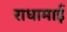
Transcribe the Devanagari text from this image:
राधामाई